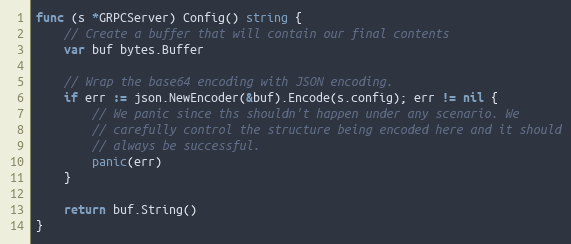
Language: Go
func (s *GRPCServer) Config() string {
	// Create a buffer that will contain our final contents
	var buf bytes.Buffer

	// Wrap the base64 encoding with JSON encoding.
	if err := json.NewEncoder(&buf).Encode(s.config); err != nil {
		// We panic since ths shouldn't happen under any scenario. We
		// carefully control the structure being encoded here and it should
		// always be successful.
		panic(err)
	}

	return buf.String()
}